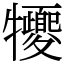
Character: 㹛